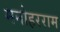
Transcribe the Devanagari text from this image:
मनोहरराम